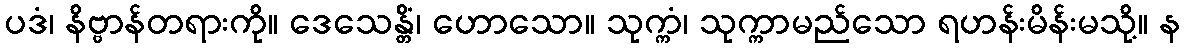
ပဒံ၊ နိဗ္ဗာန်တရားကို။ ဒေသေန္တိံ၊ ဟောသော။ သုက္ကံ၊ သုက္ကာမည်သော ရဟန်းမိန်းမသို့။ န